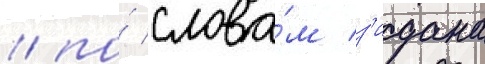
/ по́ слова́м з'идана